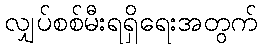
လျှပ်စစ်မီးရရှိရေးအတွက်